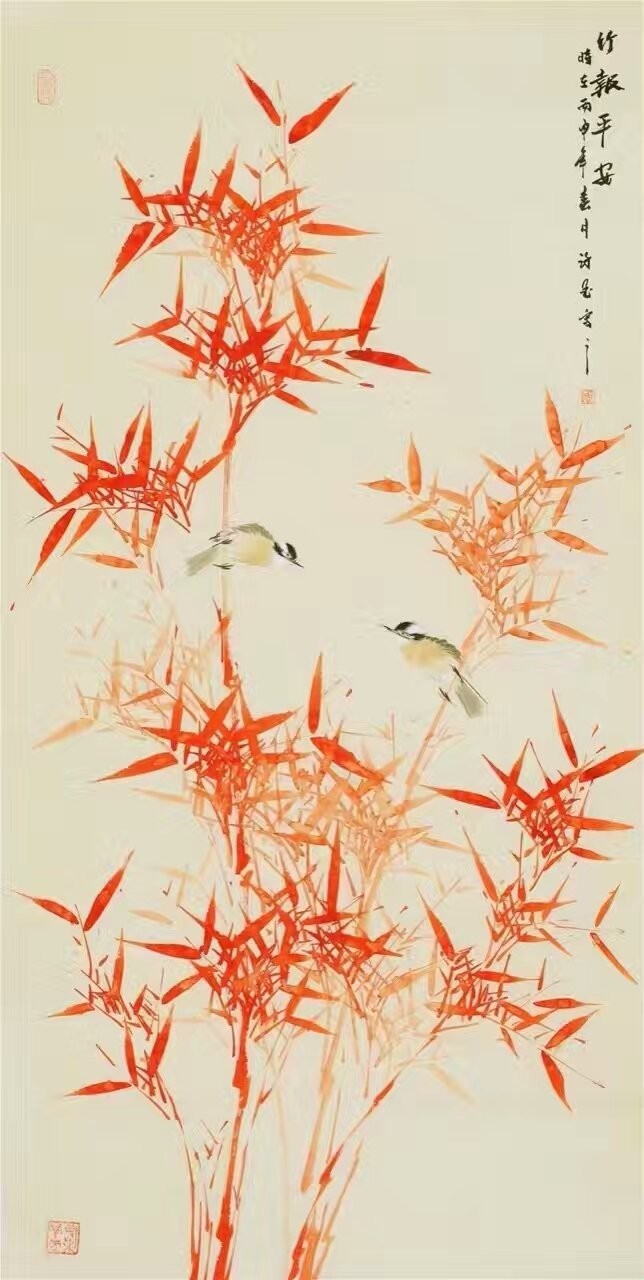
竹树带飞岚，荇藻俱明丽。